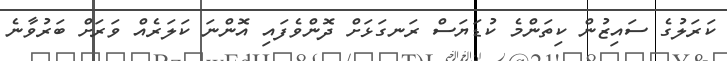
ކަރަލުގެ ސައިޒުން ކިތަންމެ ކުޑަޔަސް ރަނގަޅަށް ދޮންވެފައި އޮންނަ ކަލަރެއް ވަރަށް ބަރުވާނެ